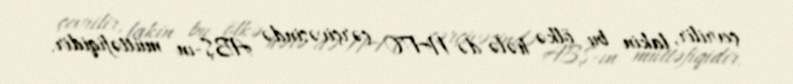
çevrilir, lakin bu ölkə hələ də NATO çərçivəsində ABŞ-ın müttəfiqidir.